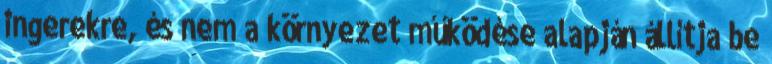
ingerekre, és nem a környezet működése alapján állítja be